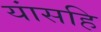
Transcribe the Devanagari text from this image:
यांसहि